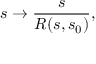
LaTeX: s \rightarrow \frac { s } { R ( s , s _ { 0 } ) } ,